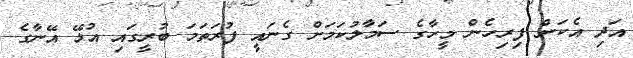
އަދި އެކަން ފިރިހެން މީހާގެ ސަމާލުކަމަށް ގެނައީ ފުރަތަމަ ބުރީގައި އުޅޭ އޭނާގެ